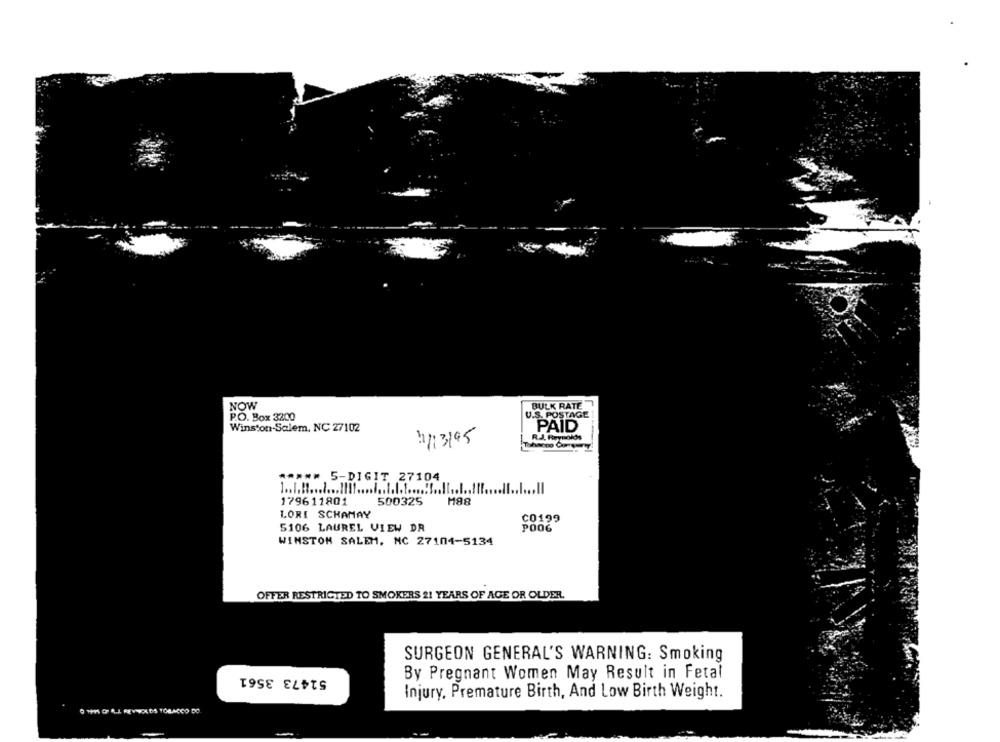
NOW
BULK RATE
P.O. Box 3200
U.S. POSTAGE
Winston-Salem, NC 27102
PAID
R.J. Reynolds
13195
***** 5-DIGIT 27104
179611801
500325
M88
LORI SCHAMAY
CO199
5106 LAUREL VIEW DR
POOG
WINSTON SALEM, NC 27104-5134
OFFER RESTRICTED TO SMOKERS 21 YEARS OF AGE OR OLDER.
SURGEON GENERAL'S WARNING: Smoking
51473 3561
By Pregnant Women May Result in Fetal
Injury, Premature Birth, And Low Birth Weight.